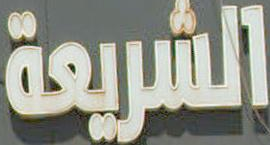
الشريعة